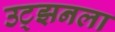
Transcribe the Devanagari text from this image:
उट्झनला